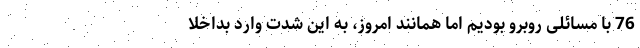
76 با مسائلی روبرو بودیم اما همانند امروز، به این شدت وارد بداخلا